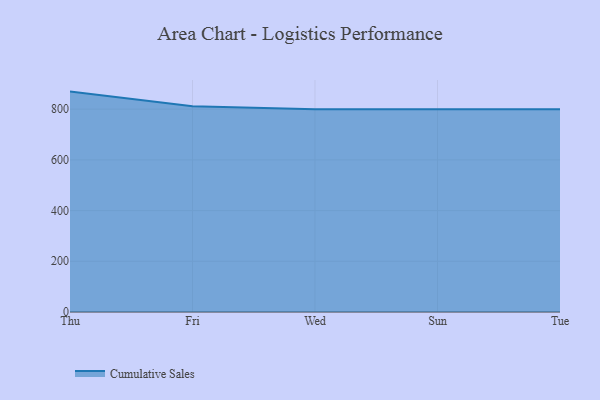
{"axis": {"x": "Day", "y": "Inventory Turnover"}, "legend": ["Cumulative Sales"], "data": [{"x": "Thu", "y": 869.3, "type": "Cumulative Sales"}, {"x": "Fri", "y": 811.5, "type": "Cumulative Sales"}, {"x": "Wed", "y": 800, "type": "Cumulative Sales"}, {"x": "Sun", "y": 800, "type": "Cumulative Sales"}, {"x": "Tue", "y": 800, "type": "Cumulative Sales"}]}